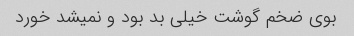
بوی ضخم گوشت خیلی بد بود و نمیشد خورد